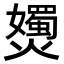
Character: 𡤗